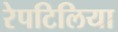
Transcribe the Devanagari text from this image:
रेपटिलिया